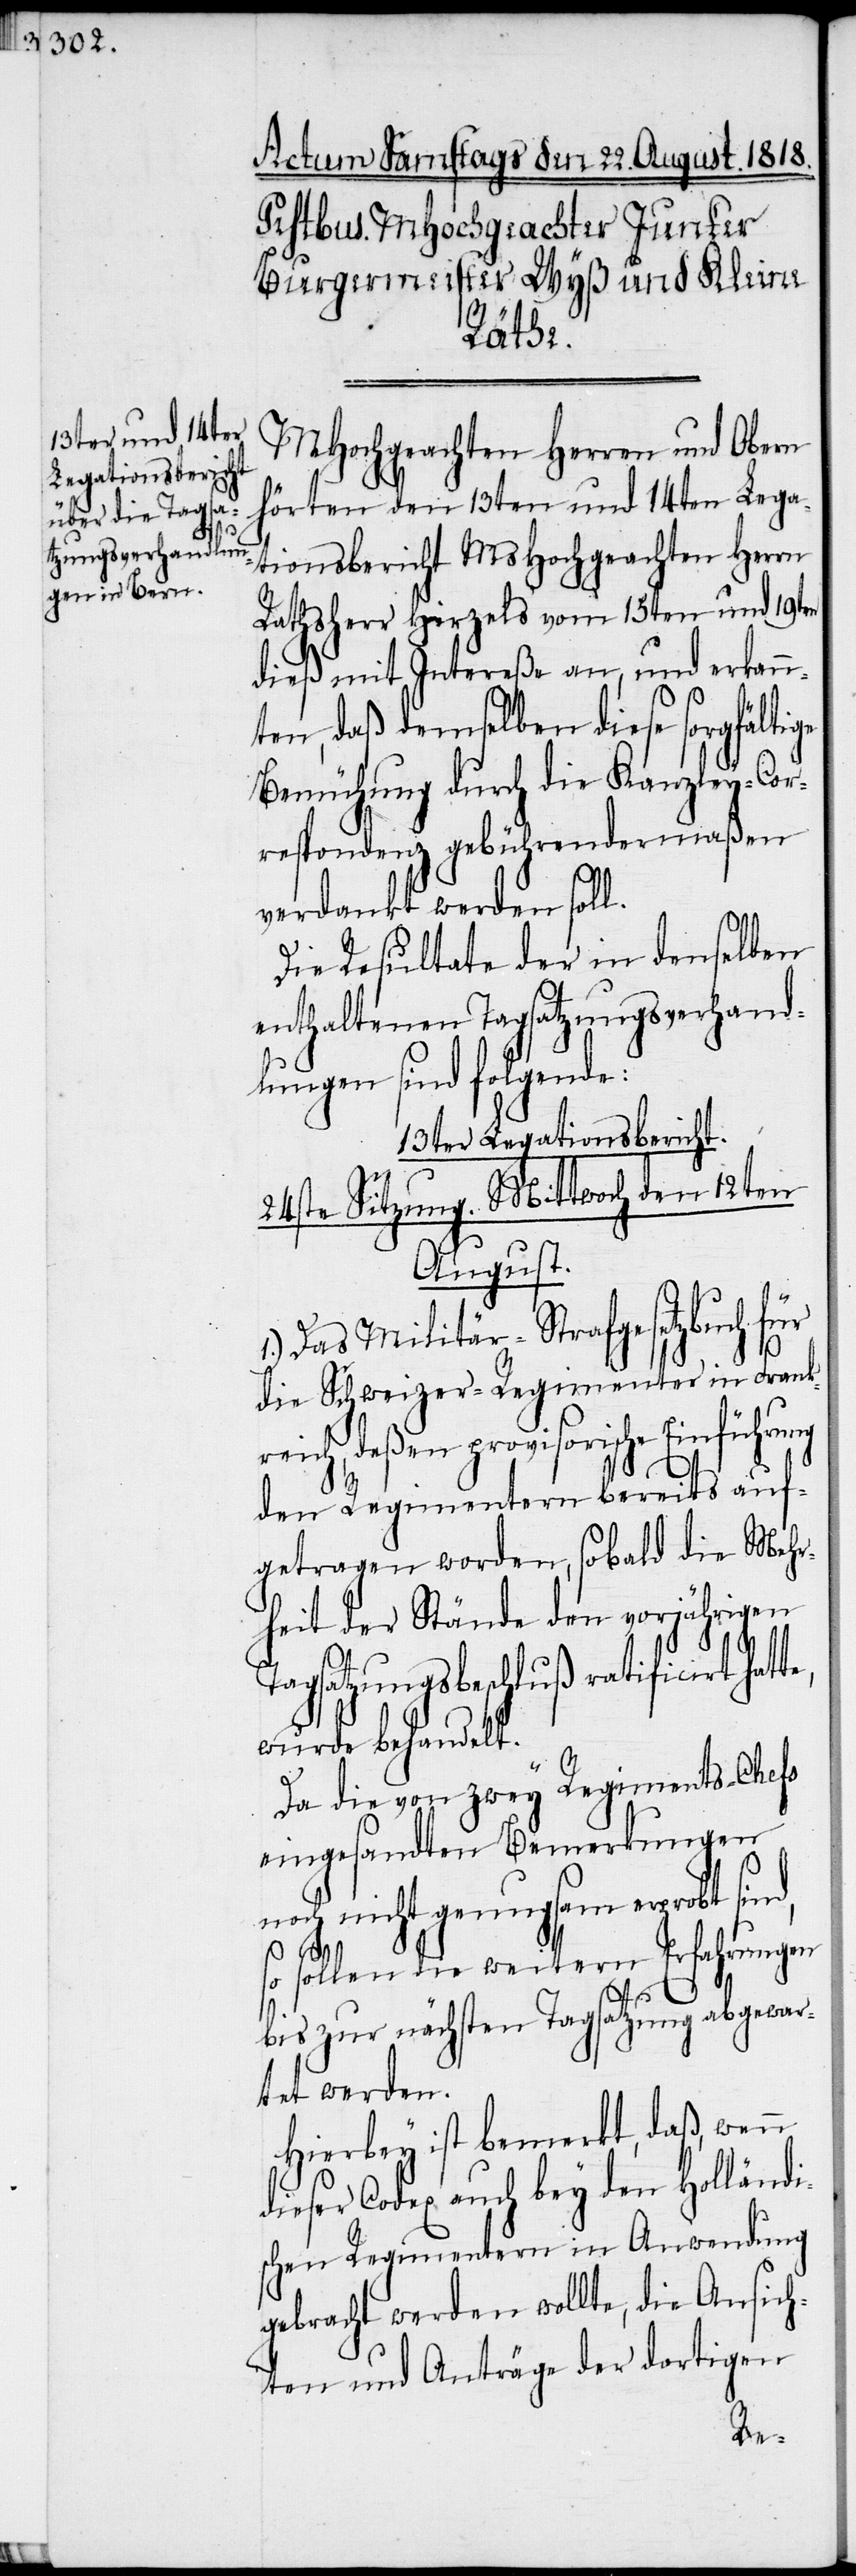
MHochgeachten Herren und Obern
hörten den 13ten und 14ten Lega¬
tionsbericht MsHochgeachten Herrn
Rathsherr Hirzels vom 15ten und 19ten
dieß mit Intereße an, und erkann¬
ten, daß demselben diese sorgfältige
Bemühung durch die Kanzley-Cor¬
respondenz gebührendermaßen
verdankt werden soll.
Die Resultate der in denselben
enthaltenen Tagsatzungsverhand¬
lungen sind folgende:
13ter Legationsbericht.
24ste Sitzung. Mittwoch den 12ten
August.
Das Militär-Strafgesetzbuch für
die Schweizer-Regimenter in Frank¬
reich, deßen provisorische Einführung
den Regimentern bereits auf¬
getragen worden, sobald die Mehr¬
heit der Stände den vorjährigen
Tagsatzungsbeschluß ratificirt hat¬
wurde behandelt.
Da die von zwey Regiments-Chefs
eingesandten Bemerkungen
noch nicht genugsam erprobt sind,
so sollen die weitern Erfahrungen
bis zur nächsten Tagsatzung abgewar¬
tet werden.
Hierbey ist bemerkt, daß, wenn
dieser Codex auch bey den Holländi¬
schen Regimentern in Anwendung
gebracht werden wollte, die Ansich¬
ten und Anträge der dortigen
te,